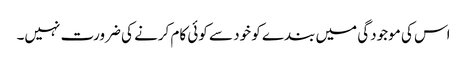
اس کی موجودگی میں بندے کو خود سے کوئی کام کرنے کی ضرورت نہیں۔